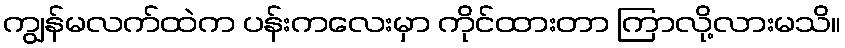
ကျွန်မလက်ထဲက ပန်းကလေးမှာ ကိုင်ထားတာ ကြာလို့လားမသိ။